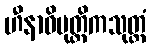
ဟီနာဓိမုတ္တိကသုတ္တံ